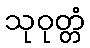
သုဝုတ္တံ